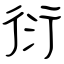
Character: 衍